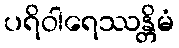
ပရိဝါရေဿန္တိမံ